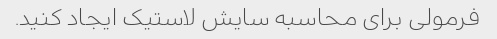
فرمولی برای محاسبه سایش لاستیک ایجاد کنید.